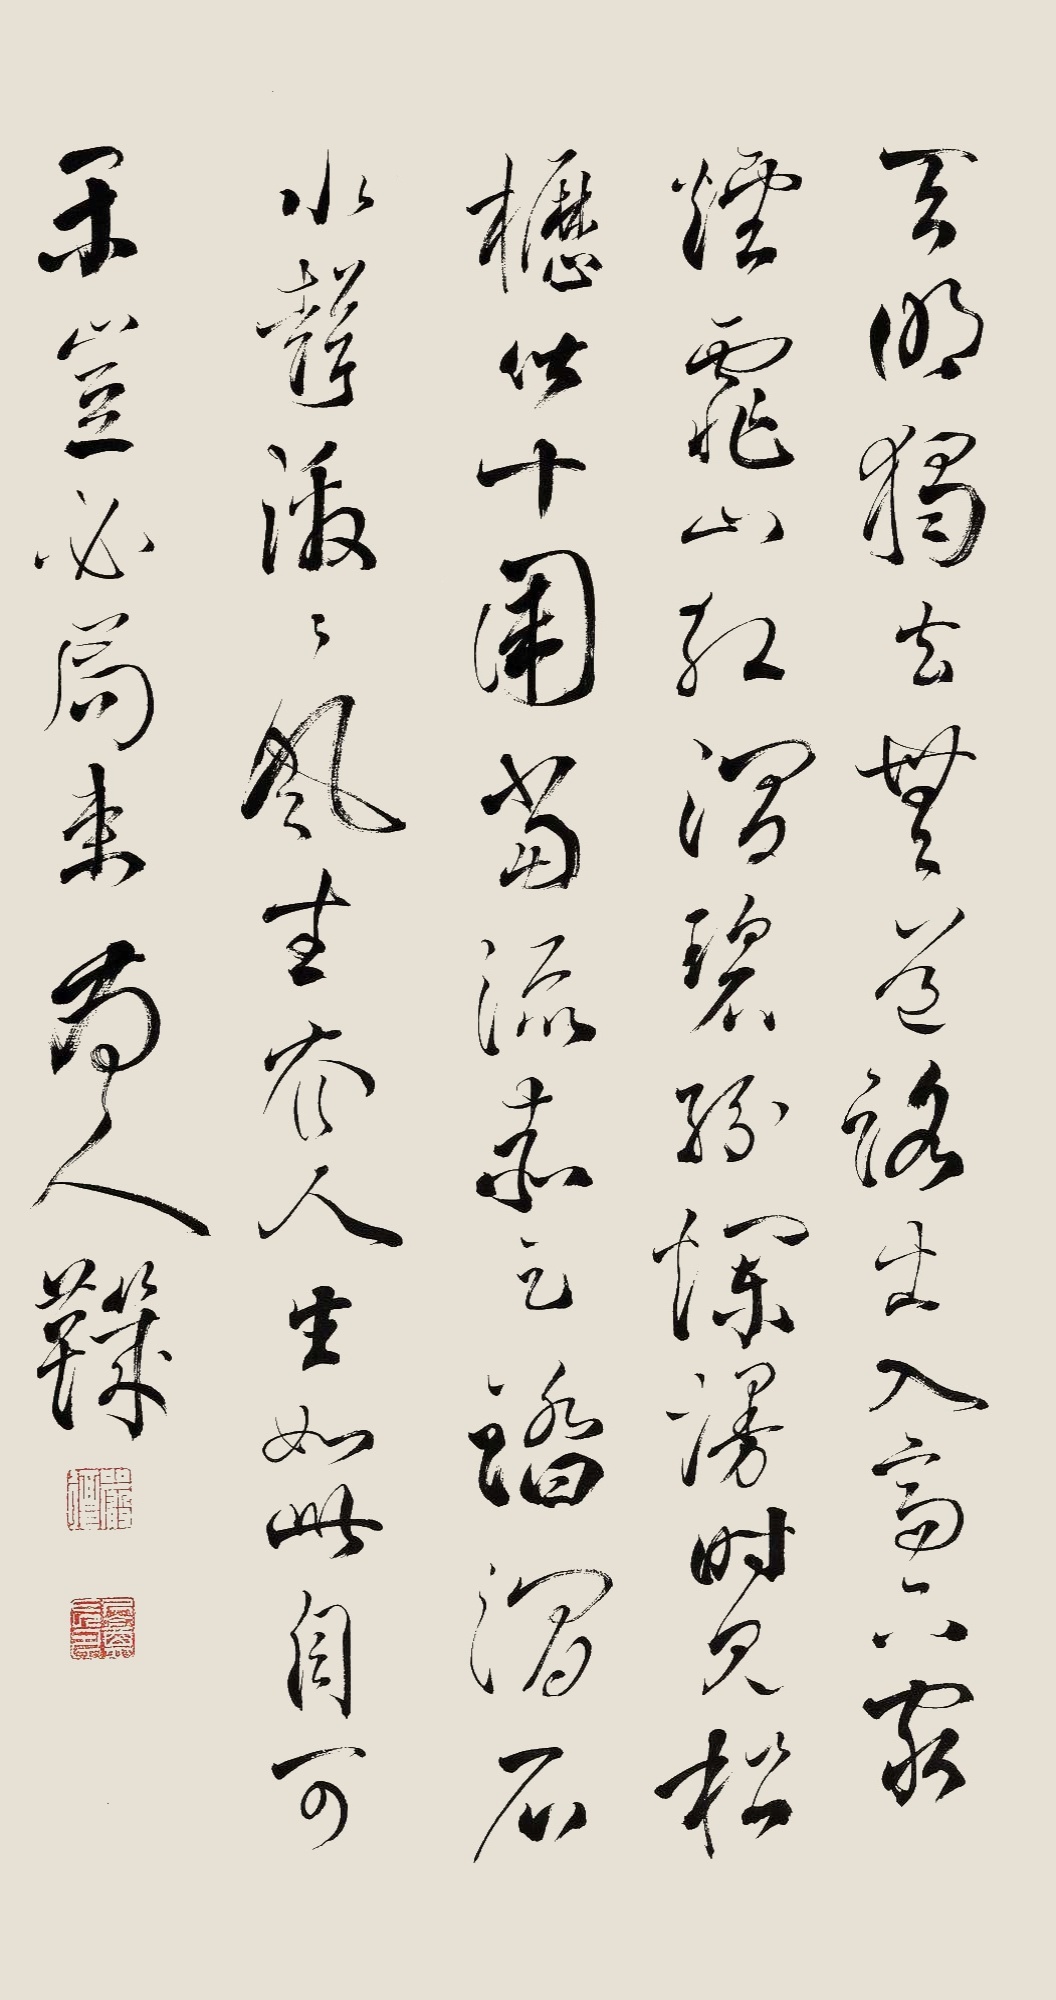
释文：天明独去无道路，出入高下穷烟霏。山红涧碧纷烂漫，时见松枥皆十围。当流赤足踏涧石，水声激激风吹衣。人生如此自可乐，岂必局束为人鞿。严复、尺盦长寿